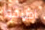
اطلقوا